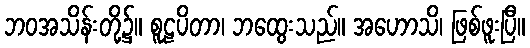
ဘဝအသိန်းတို့၌။ စူဠပိတာ၊ ဘထွေးသည်။ အဟောသိ၊ ဖြစ်ဖူးပြီ။